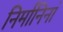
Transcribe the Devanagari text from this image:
निर्मानिनां